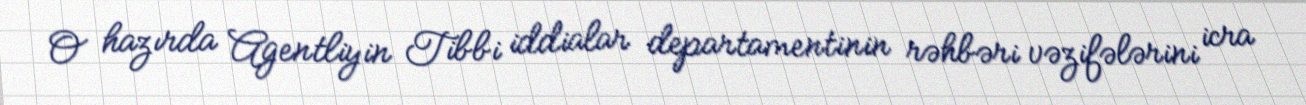
O hazırda Agentliyin Tibbi iddialar departamentinin rəhbəri vəzifələrini icra